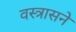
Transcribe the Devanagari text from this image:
वस्त्रासने